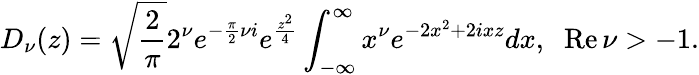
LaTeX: D_{\nu}(z)=\sqrt{{\frac{2}{\pi}}}2^{\nu}e^{-{\frac{\pi}{2}}\nu i}e^{{\frac{z^{2}}{4}}}\int_{-\infty}^{\infty}x^{\nu}e^{-2x^{2}+2ixz}dx,\; \; \mathrm{Re}\, \nu>-1.